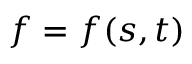
f = f ( s , t )